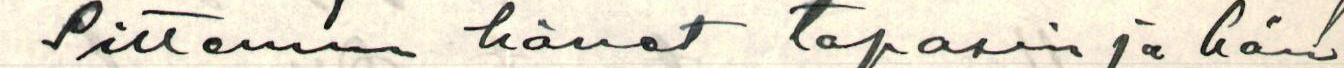
Sittemin hänet tapasin ja hän